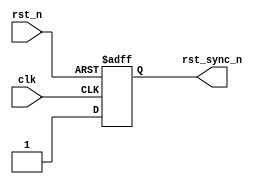
module rst_sync (
    input clk ,
    input rst_n ,
    output reg rst_sync_n
);
always @(posedge clk or negedge rst_n) begin
    if(~rst_n)
        rst_sync_n <= 1'b0 ;
    else
        rst_sync_n <= 1'b1 ;
end
endmodule